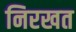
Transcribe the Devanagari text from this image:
निरखत